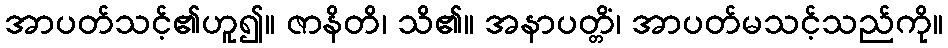
အာပတ်သင့်၏ဟူ၍။ ဇာနိတိ၊ သိ၏။ အနာပတ္တိံ၊ အာပတ်မသင့်သည်ကို။